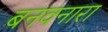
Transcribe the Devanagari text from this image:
बनवनारा